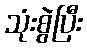
သုံးစွဲပြီး